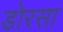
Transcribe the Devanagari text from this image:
डोरसा